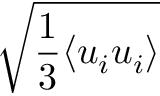
\sqrt { \frac 1 3 { \langle u _ { i } u _ { i } \rangle } }